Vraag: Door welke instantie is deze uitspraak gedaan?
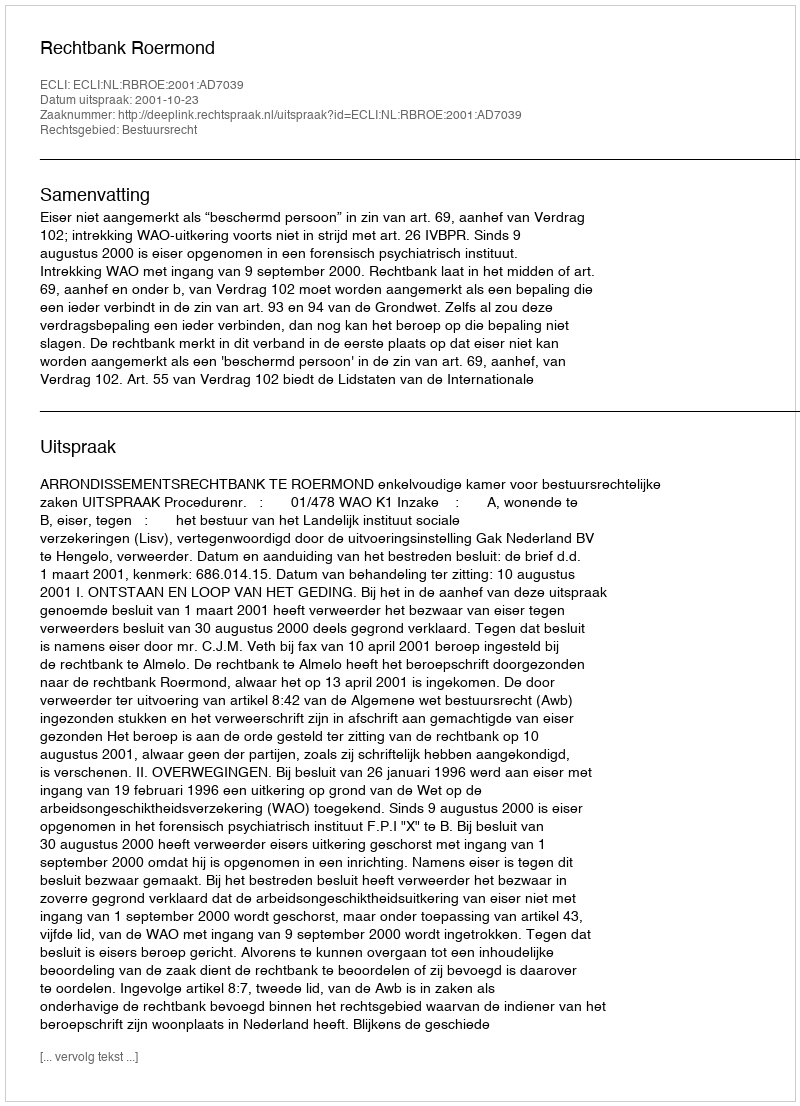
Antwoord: Rechtbank Roermond